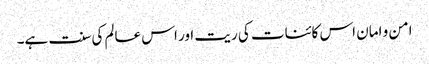
امن و امان اس کائنات کی ریت اور اس عالم کی سنت ہے۔